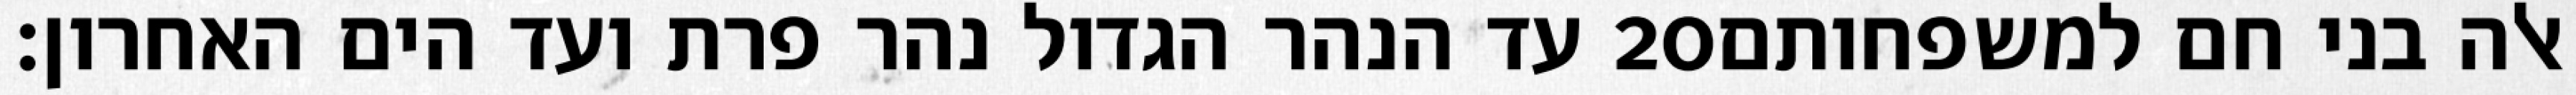
עד הנהר הגדול נהר פרת ועד הים האחרון׃ ‎20‏ אלה בני חם למשפחותם